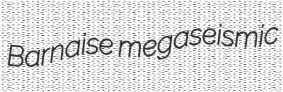
Barnaise megaseismic